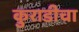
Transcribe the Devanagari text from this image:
कुराडीचा